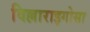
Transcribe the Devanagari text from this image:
विल्लाराइगोसा